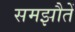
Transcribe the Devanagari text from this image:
समझौतें